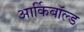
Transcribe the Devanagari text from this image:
आर्किबॉल्ड